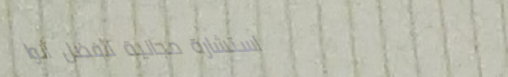
استشارة مجانية لأفضل أنوا